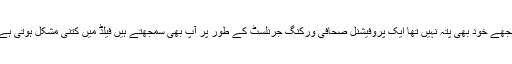
مجھے خود بھی پتہ نہیں تھا ایک پروفیشنل صحافی ورکنگ جرنلسٹ کے طور پر آپ بھی سمجھتے ہیں فیلڈ میں کتنی مشکل ہوتی ہے۔